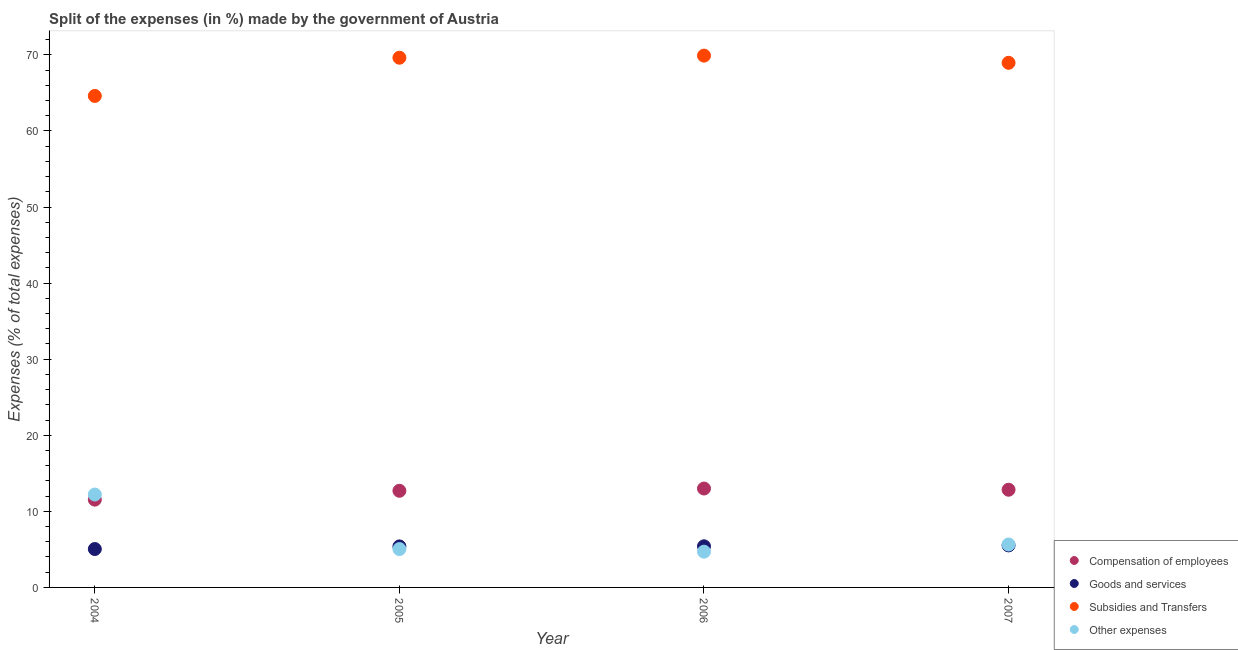
| Year | Compensation of employees | Goods and services | Subsidies and Transfers | Other expenses |
 | --- | --- | --- | --- | --- |
 | 2004 | 11.5 | 5.05 | 64.6 | 12.2 |
 | 2005 | 12.7 | 5.39 | 69.6 | 5.04 |
 | 2006 | 13 | 5.4 | 69.9 | 4.7 |
 | 2007 | 12.8 | 5.52 | 69 | 5.64 |